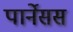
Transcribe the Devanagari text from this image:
पार्नेसस